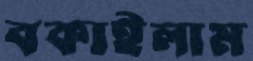
বকাইলাম